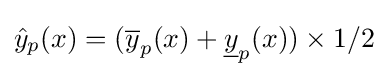
{\hat {y}}_{p}(x)=({\overline {y}}_{p}(x)+{\underline {y}}_{p}(x))\times 1/2